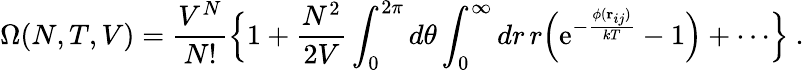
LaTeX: \Omega(N,T,V)={\frac{V^{N}}{N!}}\Bigl\{ 1+{\frac{N^{2}}{2V}}\int_{0}^{2\pi}d\theta\int_{0}^{\infty}dr\, r\Bigl(\mathrm{e}^{-{\frac{\phi({\mathbf r}_{ij})}{kT}}}-1\Bigr)+\cdots\Bigr\} \ .